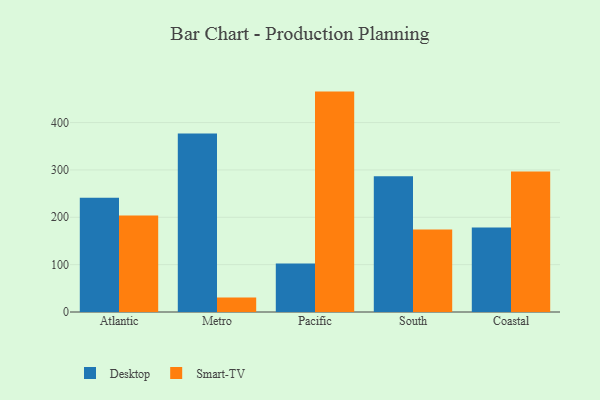
{"axis": {"x": "Region", "y": "Temperature (°C)"}, "legend": ["Desktop", "Smart-TV"], "data": [{"x": "Atlantic", "y": 241.1, "type": "Desktop"}, {"x": "Atlantic", "y": 204.0, "type": "Smart-TV"}, {"x": "Metro", "y": 376.8, "type": "Desktop"}, {"x": "Metro", "y": 30.6, "type": "Smart-TV"}, {"x": "Pacific", "y": 102.5, "type": "Desktop"}, {"x": "Pacific", "y": 465.4, "type": "Smart-TV"}, {"x": "South", "y": 286.6, "type": "Desktop"}, {"x": "South", "y": 174.2, "type": "Smart-TV"}, {"x": "Coastal", "y": 178.4, "type": "Desktop"}, {"x": "Coastal", "y": 296.9, "type": "Smart-TV"}]}